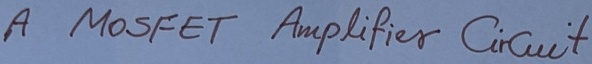
Text: A mosfet Amplifier Circuit